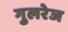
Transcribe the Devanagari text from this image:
गुलरेज